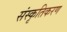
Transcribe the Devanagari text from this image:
संस्‍कृतिकरण